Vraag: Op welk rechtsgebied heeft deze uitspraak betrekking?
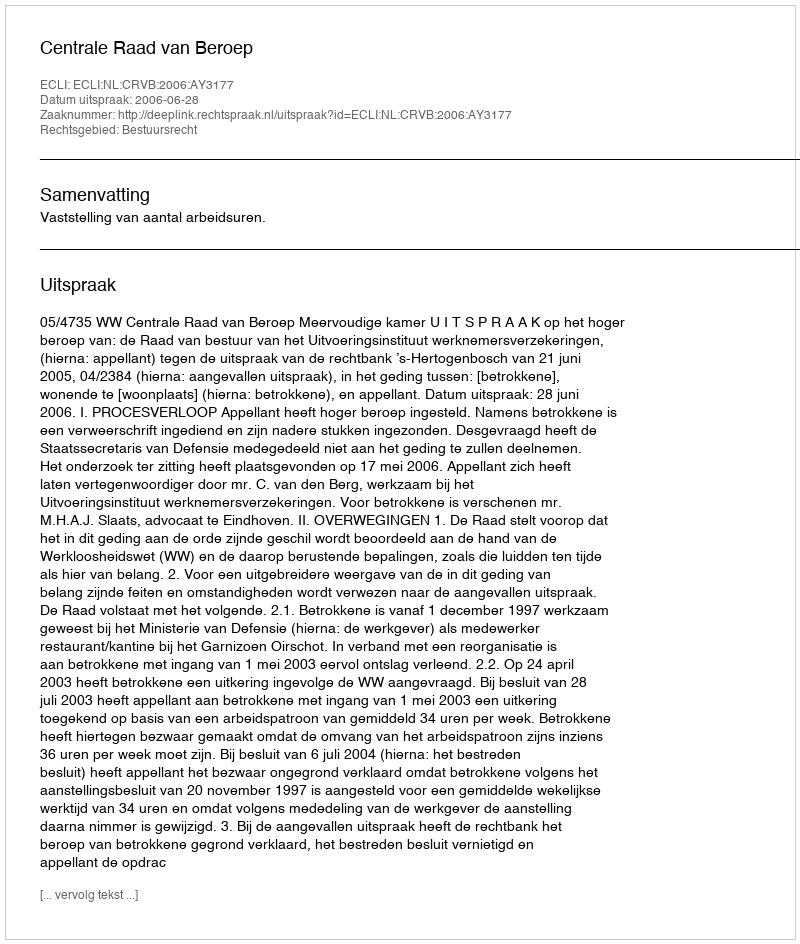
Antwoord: Bestuursrecht